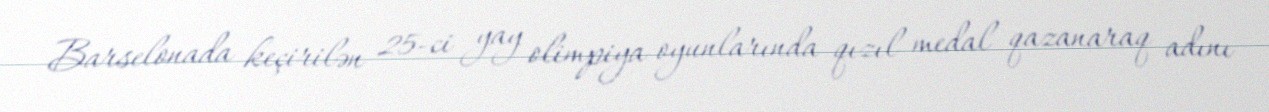
Barselonada keçirilən 25-ci yay olimpiya oyunlarında qızıl medal qazanaraq adını